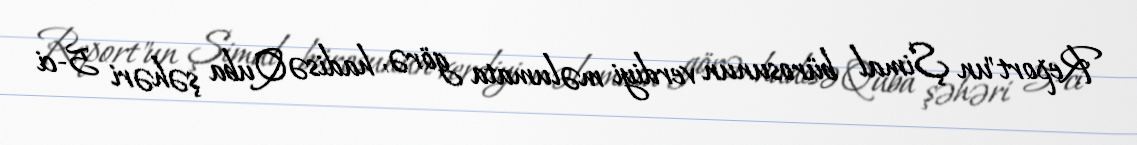
Report"un Şimal bürosunun verdiyi məlumata görə, hadisə Quba şəhəri 5-ci